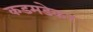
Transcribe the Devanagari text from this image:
कडमडेकर